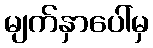
မျက်နှာပေါ်မှ